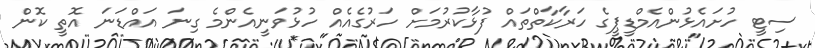
ސިޓީ ހުށައެޅުންއެމްޑީޕީގެ ހަރާކާތްތައް ފުޅާކުރުމަށް ހަރުގެއެއް ހުޅުވަނީއެންމެ ގިނަ އައްޑަނަ އޮތީ ކޮން